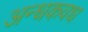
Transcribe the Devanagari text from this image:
अन्धकवध